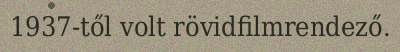
1937-től volt rövidfilmrendező.